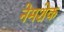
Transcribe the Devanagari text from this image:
नेमशेक